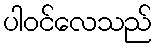
ပါဝင်လေသည်